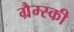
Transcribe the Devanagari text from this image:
ग्रैम्स्की